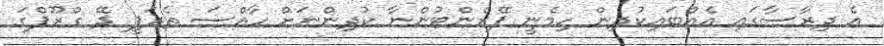
އެ ދިރާސާގައި އެއްބައިކުދިން ހިމެނީ ޕޭރެންޓުންނާ ކުދިންނަށް ހާއްސަ ތެރަޕީ ދޭ ގްރޫޕްގަ